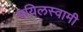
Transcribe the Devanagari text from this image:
मयिलस्वामी